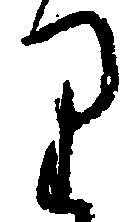
り